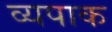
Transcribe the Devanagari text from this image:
व्यपाक